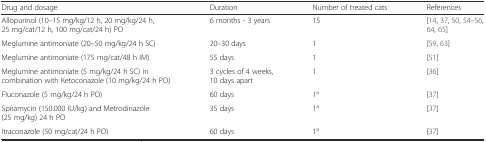
| Drug and dosage | Duration | Number of treated cats | References |
 | --- | --- | --- | --- |
 | Allopurinol (10–15 mg/kg/12 h, 20 mg/kg/24 h, 25 mg/cat/12 h, 100 mg/cat/24 h) PO | 6 months - 3 years | 15 | [14, 37, 50, 54–56, 64, 65] |
 | Meglumine antimoniate (20–50 mg/kg/24 h SC) | 20–30 days | 1 | [59, 63] |
 | Meglumine antimoniate (175 mg/cat/48 h IM) | 55 days | 1 | [51] |
 | Meglumine antimoniate (5 mg/kg/24 h SC) in combination with Ketoconazole (10 mg/kg/24 h PO) | 3 cycles of 4 weeks, 10 days apart | 1 | [36] |
 | Fluconazole (5 mg/kg/24 h PO) | 60 days | 1a | [37] |
 | Spiramycin (150.000 IU/kg) and Metrodinazole (25 mg/kg) 24 h PO | 35 days | 1a | [37] |
 | Itraconazole (50 mg/cat/24 h PO) | 60 days | 1a | [37] |